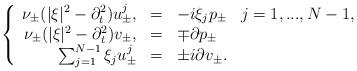
LaTeX: \begin{align*} \left\{\begin{array}{rcll}\nu_\pm (|\xi|^2 - \partial_t^2) u_\pm^j, & = & -i \xi_j p_\pm & j = 1,...,N-1, \\\nu_\pm (|\xi|^2 - \partial_t^2) v_\pm, & = & \mp \partial p_\pm & \\\sum_{j=1}^{N-1} \xi_j u_\pm^j & = & \pm i \partial v_\pm.\end{array}\right.\end{align*}